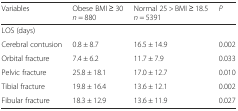
<table><thead><tr><td><b>Variables</b></td><td><b>Obese BMI ≥ 30 <i>n</i> = 880</b></td><td><b>Normal 25 &gt; BMI ≥ 18.5 <i>n</i> = 5391</b></td><td><b><i>P</i></b></td></tr></thead><tbody><tr><td colspan="4">LOS (days)</td></tr><tr><td>Cerebral contusion</td><td>0.8 ± 8.7</td><td>16.5 ± 14.9</td><td>0.002</td></tr><tr><td>Orbital fracture</td><td>7.4 ± 6.2</td><td>11.7 ± 7.9</td><td>0.033</td></tr><tr><td>Pelvic fracture</td><td>25.8 ± 18.1</td><td>17.0 ± 12.7</td><td>0.010</td></tr><tr><td>Tibial fracture</td><td>19.8 ± 16.4</td><td>13.6 ± 12.1</td><td>0.002</td></tr><tr><td>Fibular fracture</td><td>18.3 ± 12.9</td><td>13.6 ± 11.9</td><td>0.027</td></tr></tbody></table>